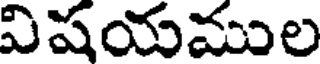
విషయముల